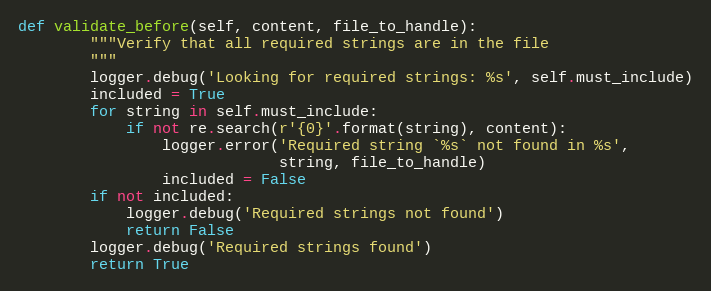
Language: Python
def validate_before(self, content, file_to_handle):
        """Verify that all required strings are in the file
        """
        logger.debug('Looking for required strings: %s', self.must_include)
        included = True
        for string in self.must_include:
            if not re.search(r'{0}'.format(string), content):
                logger.error('Required string `%s` not found in %s',
                             string, file_to_handle)
                included = False
        if not included:
            logger.debug('Required strings not found')
            return False
        logger.debug('Required strings found')
        return True